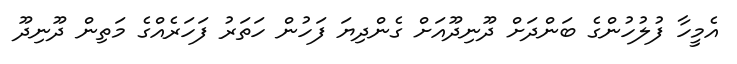
އެމީހާ ފުލުހުންގެ ބަންދަށް ދޫނިދޫއަށް ގެންދިޔަ ފަހުން ހަތަރު ފަހަރެއްގެ މަތިން ދޫނިދޫ